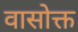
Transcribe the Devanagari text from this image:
वासोक्त